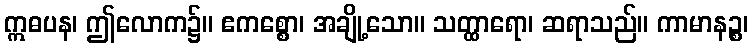
ဣဓပန၊ ဤလောက၌။ ဧကစ္စော၊ အချို့သော။ သတ္ထာရော၊ ဆရာသည်။ ကာမာနဉ္စ၊